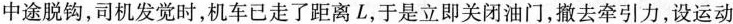
中途脱钩，司机发觉时，机车已走了距离L，于是立即关闭油门，撤去牵引力，设运动